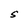
Character: S